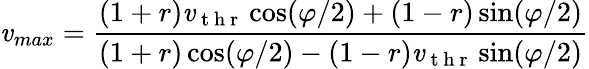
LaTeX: \mathit{v}_{max}=\frac{{(1+r)\mathit{v}_{\mathrm{{~t~h~r~}}}\cos(\varphi/2)+(1-r)\sin(\varphi/2)}}{{(1+r)\cos(\varphi/2)-(1-r)\mathit{v}_{\mathrm{{~t~h~r~}}}\sin(\varphi/2)}}